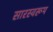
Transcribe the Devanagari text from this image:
सारस्वरूप